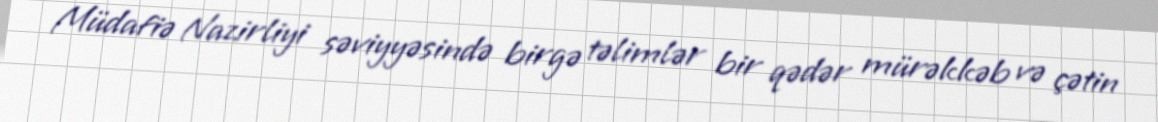
Müdafiə Nazirliyi səviyyəsində birgə təlimlər bir qədər mürəkkəb və çətin